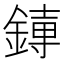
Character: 𫟱